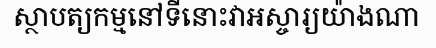
ស្ថាបត្យកម្មនៅទីនោះវាអស្ចារ្យយ៉ាងណា